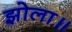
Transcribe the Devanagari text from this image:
झोला॥